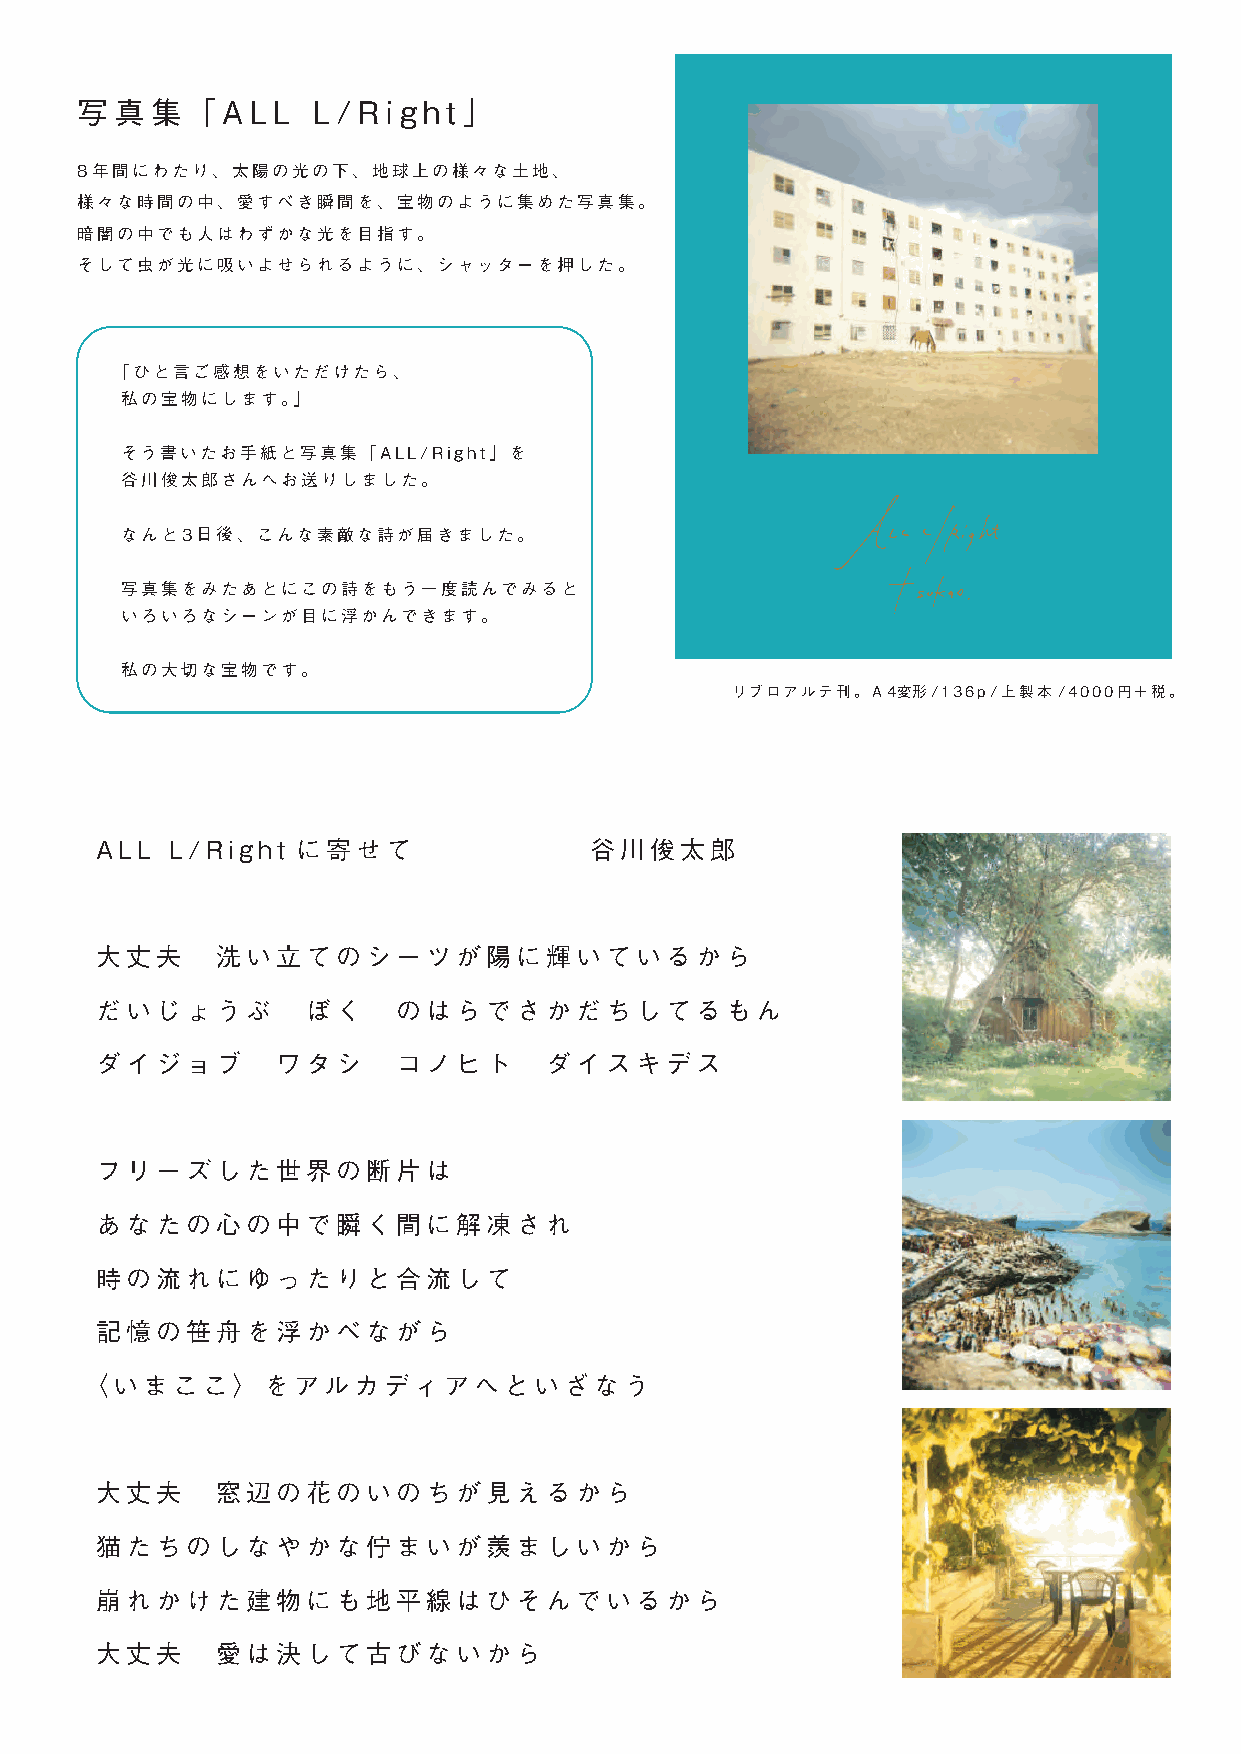
写真集「ALL         L/Right   」
 8年間にわたり、太陽の光の下、地球上の様々な土地、
 様々な時間の中、愛すべき瞬間を、宝物のように集めた写真集。
 暗闇の中でも人はわずかな光を目指す。
 そして虫が光に吸いよせられるように、シャッターを押した。
 「ひと言ご感想をいただけたら、
 私の宝物にします。」
 そう書いたお手紙と写真集「ALL/Right」を
 谷川俊太郎さんへお送りしました。
 なんと3日後、こんな素敵な詩が届きました。
 写真集をみたあとにこの詩をもう一度読んでみると
 いろいろなシーンが目に浮かんできます。
 私の大切な宝物です。
 リブロアルテ刊。A4変形/136p/上製本 /4000円＋税。
 ALL  L/Right  に寄せて               谷川俊太郎
 大丈夫     洗い立てのシーツが陽に輝いているから
 だいじょうぶ        ぼく    のはらでさかだちしてるもん
 ダイジョブ       ワタシ     コノヒト      ダイスキデス
 フリーズした世界の断片は
 あなたの心の中で瞬く間に解凍され
 時の流れにゆったりと合流して
 記憶の笹舟を浮かべながら
 〈いまここ〉をアルカディアへといざなう
 大丈夫     窓辺の花のいのちが見えるから
 猫たちのしなやかな佇まいが羨ましいから
 崩れかけた建物にも地平線はひそんでいるから
 大丈夫     愛は決して古びないから